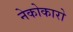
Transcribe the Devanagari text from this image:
नेकोकारो